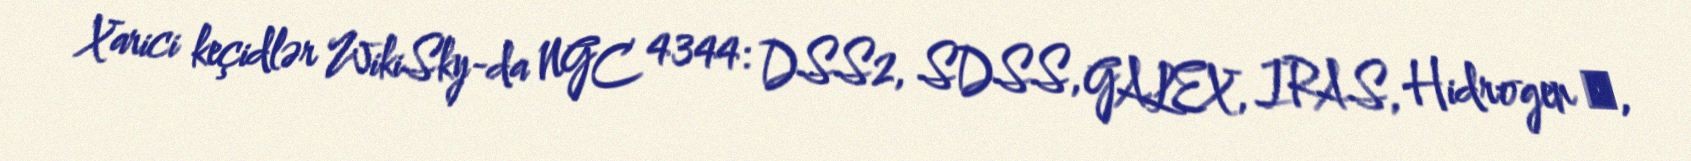
Xarici keçidlər WikiSky-da NGC 4344: DSS2, SDSS, GALEX, IRAS, Hidrogen α,